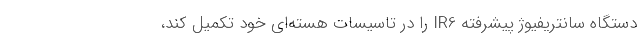
دستگاه سانتریفیوژ پیشرفته IR6 را در تاسیسات هسته‌ای خود تکمیل کند،